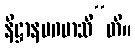
နိဋ္ဌာနမဂမာသီ”တိ။